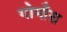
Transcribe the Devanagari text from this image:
गोमाँस